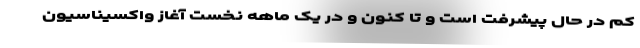
کم در حال پیشرفت است و تا کنون و در یک ماهه نخست آغاز واکسیناسیون